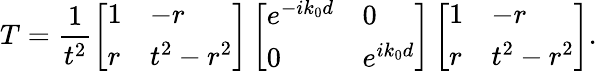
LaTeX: T=\frac{1}{t^{2}}\left[\begin{array}{ll}{1}&{-r}\\ {r}&{t^{2}-r^{2}}\end{array}\right]\left[\begin{array}{ll}{e^{-ik_{0}d}}&{0}\\ {0}&{e^{ik_{0}d}}\end{array}\right]\left[\begin{array}{ll}{1}&{-r}\\ {r}&{t^{2}-r^{2}}\end{array}\right].